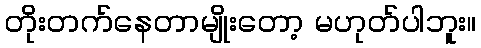
တိုးတက်နေတာမျိုးတော့ မဟုတ်ပါဘူး။